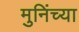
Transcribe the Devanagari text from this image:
मुनिंच्या